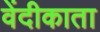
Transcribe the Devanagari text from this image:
वेंदीकाता